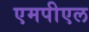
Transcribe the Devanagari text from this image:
एमपीएल